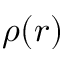
\rho ( r )